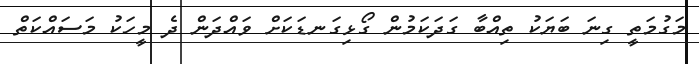
މަގުމަތީ ގިނަ ބަޔަކު ތިއްބާ ގަދަކަމުން ގޯޅިގަނޑަކަށް ވައްދަން ދެ މީހަކު މަސައްކަތް